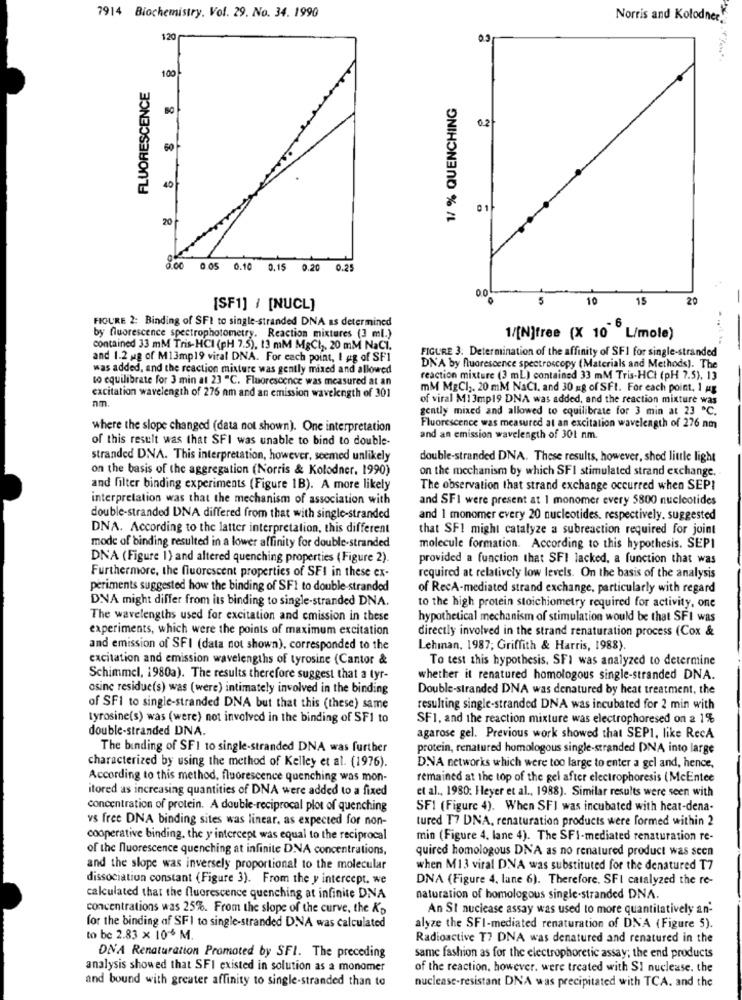
7914 Biochemistry, Vol. 29. No. 34. 1990
Norris and Kolodnee.
120
0.3
100
FLUORESCENCE
1/ % QUENCHING
0.2
60
40
01
20
0.00 0.05 0.10 0.15 0.20
0.25
00
5
10
15
20
[SF1] / [NUCL]
FIGURE 2: Binding of SFI to single-stranded DNA as determined
by fluorescence spectrophotometry. Reaction mixtures (3 ml.)
1/[N]free (X 10 L/mole)
contained 33 mM Tris-HCI (pH 7.5), 13 mM MgCl), 20 mM NaCI.
FIGURE 3: Determination of the affinity of SFI for single-stranded
and 1.2 mg of M13mp19 vital DNA. For each point, I ug of SFI
was added, and the reaction mixture was gently mixed and allowed
DN'A by fluorescence spectroscopy (Materials and Methods). The
to equilibrate for 3 min at 23 "C. Fluorescence was measured at an
reaction mixture (3 mL) contained 33 mM Tris-HCt (pH 7.5), 13
mM MgCl3. 20 mM NaCI, and 30 kg of SFt. For each point, 1 mg
excitation wavelength of 276 nm and an emission wavelength of 301
nm.
of viral M1 3mp19 DNA was added, and the reaction mixture was
gently mixed and allowed to equilibrate for 3 min at 23 ℃.
where the slope changed (data not shown). One interpretation
Fluorescence was measured at an excitation wavelength of 276 nm
of this result was that SFI was unable to bind to double-
and an emission wavelength of 30t nm.
stranded DNA. This interpretation, however, seemed unlikely
double-stranded DNA. These results, however, shed little light
on the basis of the aggregation (Norris & Kolodner. 1990)
on the mechanism by which SFI stimulated strand exchange.
and filter binding experiments (Figure 1B). A more likely
The observation that strand exchange occurred when SEPI
interpretation was that the mechanism of association with
and SFI were present at 1 monomer every 5800 nucleotides
double-stranded DNA differed from that with single-stranded
and 1 monomer every 20 nucleotides. respectively. suggested
DNA. According to the latter interpretation, this different
that SFI might catalyze a subreaction required for joint
mode of binding resulted in a lower affinity for double-stranded
molecule formation. According to this hypothesis. SEPI
DNA (Figure 1) and altered quenching properties ( Figure 2).
provided a function that SFI lacked, a function that was
Furthermore, the fluorescent properties of SFI in these ex-
required at relatively low levels. On the basis of the analysis
periments suggested how the binding of SFI to double-stranded
of RecA-mediated strand exchange, particularly with regard
DNA might differ from its binding to single-stranded DNA.
to the high protein stoichiometry required for activity, one
The wavelengths used for excitation and cmission in these
hypothetical mechanism of stimulation would be that SFI was
experiments, which were the points of maximum excitation
directly involved in the strand renaturation process (Cox &
and emission of SFI (data not shown), corresponded to the
Lehman. 1987; Griffith & Harris, 1988).
excitation and emission wavelengths of tyrosine (Cantor &
To test this hypothesis, SFI was analyzed to determine
Schimmel, 1980a). The results therefore suggest that a tyr-
whether it renatured homologous single-stranded DNA.
osine residue(s) was (were) intimately involved in the binding
Double-stranded DNA was denatured by heat treatment, the
of SFI to single-stranded DNA but that this (these) same
resulting single-stranded DNA was incubated for 2 min with
tyrosine(s) was (were) not involved in the binding of SF1 to
SF1, and the reaction mixture was electrophoresed on a 1%
double-stranded DNA.
agarose gel. Previous work showed that SEPI, like RecA
The binding of SFI to single-stranded DNA was further
protein, renatured homologous single-stranded DNA into large
characterized by using the method of Kelley et al. (1976).
DNA networks which were too large to enter a gel and, hence,
According to this method, fluorescence quenching was mon-
remained at the top of the gel after electrophoresis (McEntee
itored as increasing quantities of DNA were added to a fixed
et al ., 1980: Heyer et al ., 1988). Similar results were seen with
concentration of protein. A double-reciprocal plot of quenching
SFI (Figure 4). When SFI was incubated with heat-dena-
vs free DNA binding sites was linear, as expected for non-
tured T7 DNA, renaturation products were formed within 2
cooperative binding. the y intercept was equal to the reciprocal
min (Figure 4. lane 4). The SFI-mediated renaturation re-
of the fluorescence quenching at infinite DNA concentrations,
quired homologous DNA as no renatured product was scon
and the slope was inversely proportional to the molecular
when M13 viral DNA was substituted for the denatured T7
dissociation constant (Figure 3). From the y intercept. we
DNA (Figure 4, lane 6). Therefore, SFI catalyzed the re-
calculated that the fluorescence quenching at infinite DNA
naturation of homologous single-stranded DNA.
concentrations was 25%. From the slope of the curve, the Kp
An St nuclease assay was used to more quantitatively an-
for the binding af SFI to single-stranded DNA was calculated
alyze the SFI-mediated renaturation of DNA (Figure 5).
to be 2.83 x 106 M
Radioactive T7 DNA was denatured and renatured in the
DNA Renaturation Promoted by SFI. The preceding
same fashion as for the electrophoretic assay; the end products
analysis showed that SFI existed in solution as a monomer
of the reaction. however, were treated with SI nuclease. the
and bound with greater affinity to single-stranded than to
nuclease-resistant DNA was precipitated with TCA. and the